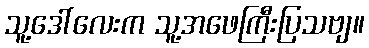
သူ့ဒေါ်လေးက သူ့အဖေကြီးပြသဗျ။